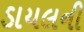
ડાયલની